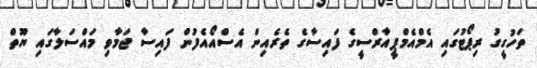
ތަހުގީގު ރިޕޯޓުގައި އެމްއެމްޕީއާރްސީގެ ފައިސާގެ ތެރެއިން އެސްއޯއެފުން ފައިސާ ޖަމާވި މައްސަލާގައި ޔޫތް